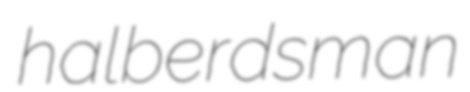
halberdsman